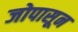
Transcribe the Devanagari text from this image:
जोपासून